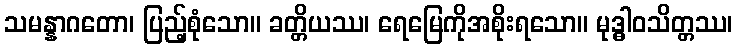
သမန္နာဂတော၊ ပြည့်စုံသော။ ခတ္တိယဿ၊ ရေမြေကိုအစိုးရသော။ မုဒ္ဓါဝသိတ္တဿ၊